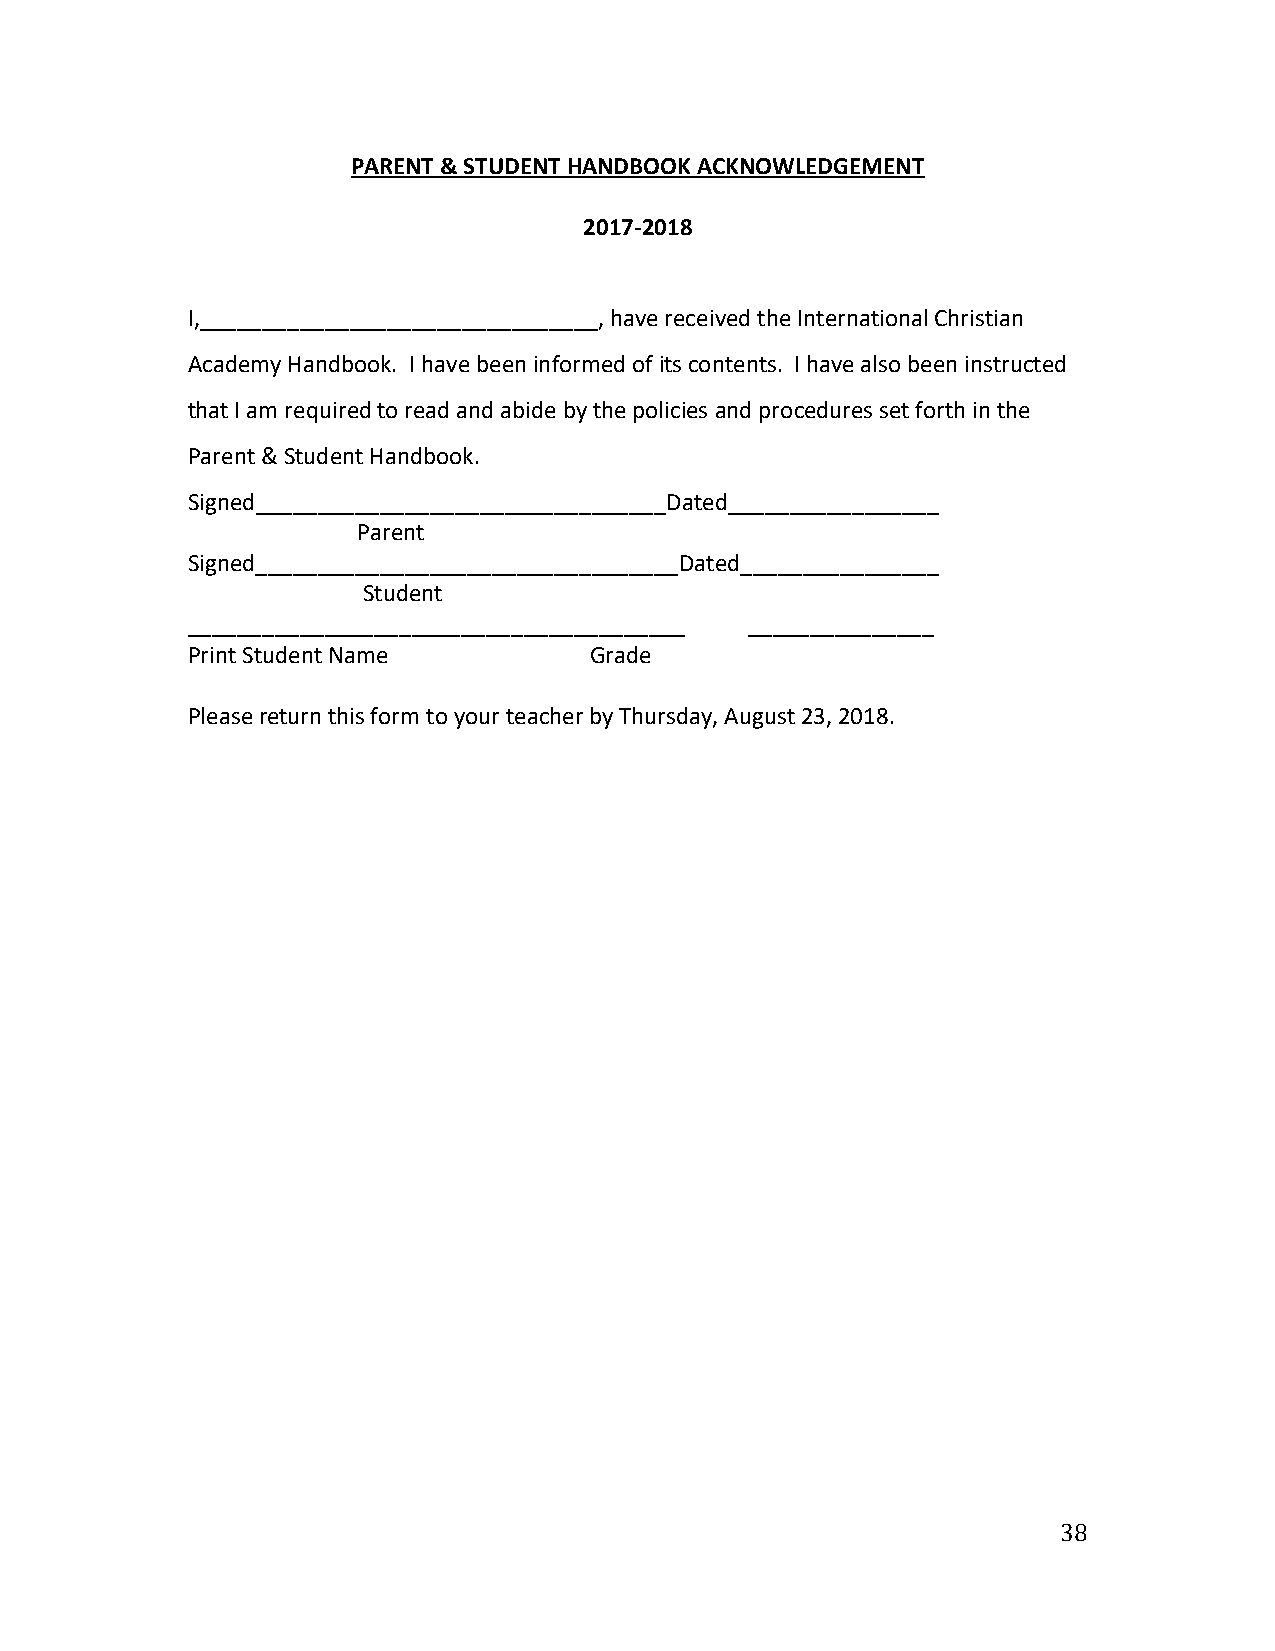
PARENT & STUDENT HANDBOOK ACKNOWLEDGEMENT
 2017-2018
 I,________________________________, have received the International Christian
 Academy Handbook. I have been informed of its contents. I have also been instructed
 that I am required to read and abide by the policies and procedures set forth in the
 Parent & Student Handbook.
 Signed_________________________________Dated_________________
 Parent
 Signed__________________________________Dated________________
 Student
 ________________________________________ _______________
 Print Student Name         Grade
 Please return this form to your teacher by Thursday, August 23, 2018.
 38